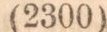
(2300)